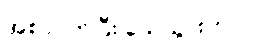
အစာငတ်ပြီး သေသွားတာ။